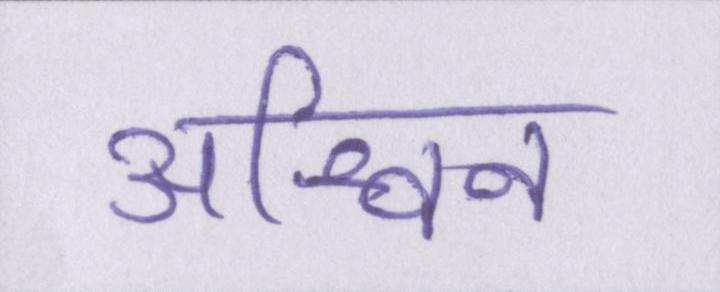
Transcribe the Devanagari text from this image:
अश्विन